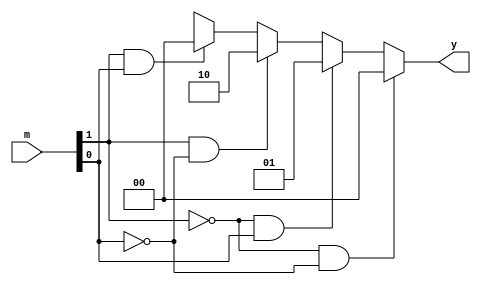
module m_to_y(m, y); //radix-2 is used
	input[1:0] m;
	output reg[1:0] y;
	
	parameter zero = 2'b00; //case of shift only
	parameter plus = 2'b01; //case of add and shift
	parameter minus = 2'b10; //case of subtract and shift
	
	always @ (m)
		begin
			if (m[1] == 1'b0 && m[0] == 1'b0) //m is 00 so y is 0
				y[1:0] = zero;
			else if (m[1] == 1'b0 && m[0] == 1'b1) //m is 01 so y is 1
				y[1:0] = plus;
			else if (m[1] == 1'b1 && m[0] == 1'b0) //m is 10 so y is -1
				y[1:0] = minus;
			else if (m[1] == 1'b1 && m[0] == 1'b1) //m is 11 so y is 0
				y[1:0] = zero;
			else
				y[1:0] = 2'bxx;
		end
endmodule